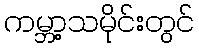
ကမ္ဘာ့သမိုင်းတွင်